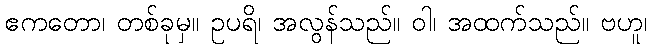
ဧကတော၊ တစ်ခုမှ။ ဥပရိ၊ အလွန်သည်။ ဝါ၊ အထက်သည်။ ဗဟူ၊